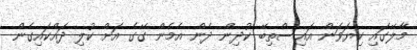
މާލޭގައި ކިޔަވަން އައިސްތިބޭ ކުދިން ދެން އެމެން ގޭގެ އަށް ކުލި ދައްކައިގެން